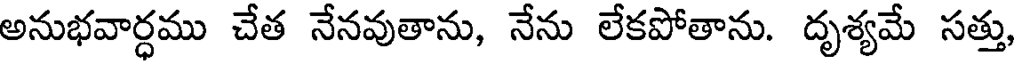
అనుభవార్ధము చేత నేనవుతాను, నేను లేకపోతాను. దృశ్యమే సత్తు,